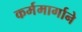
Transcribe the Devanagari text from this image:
कर्ममार्गाने